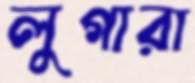
লুগারা